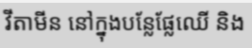
វីតាមីន នៅក្នុងបន្លែផ្លែឈើ និង